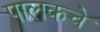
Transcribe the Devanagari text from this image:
पालकचे